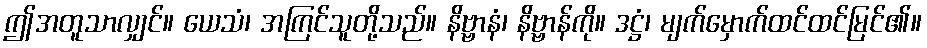
ဤအတူသာလျှင်။ ယေသံ၊ အကြင်သူတို့သည်။ နိဗ္ဗာနံ၊ နိဗ္ဗာန်ကို။ ဒဋ္ဌံ၊ မျက်မှောက်ထင်ထင်မြင်၏။